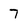
Character: 7